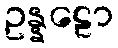
ဥန္နဠော